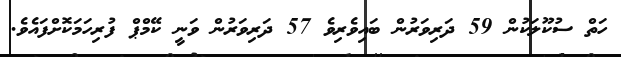
ހަތް ސުކޫލަކުން 59 ދަރިވަރުން ބައިވެރިވެ 57 ދަރިވަރުން ވަނީ ކޭމްޕް ފުރިހަމަކޮށްފައެވެ.